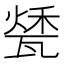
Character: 𤭰